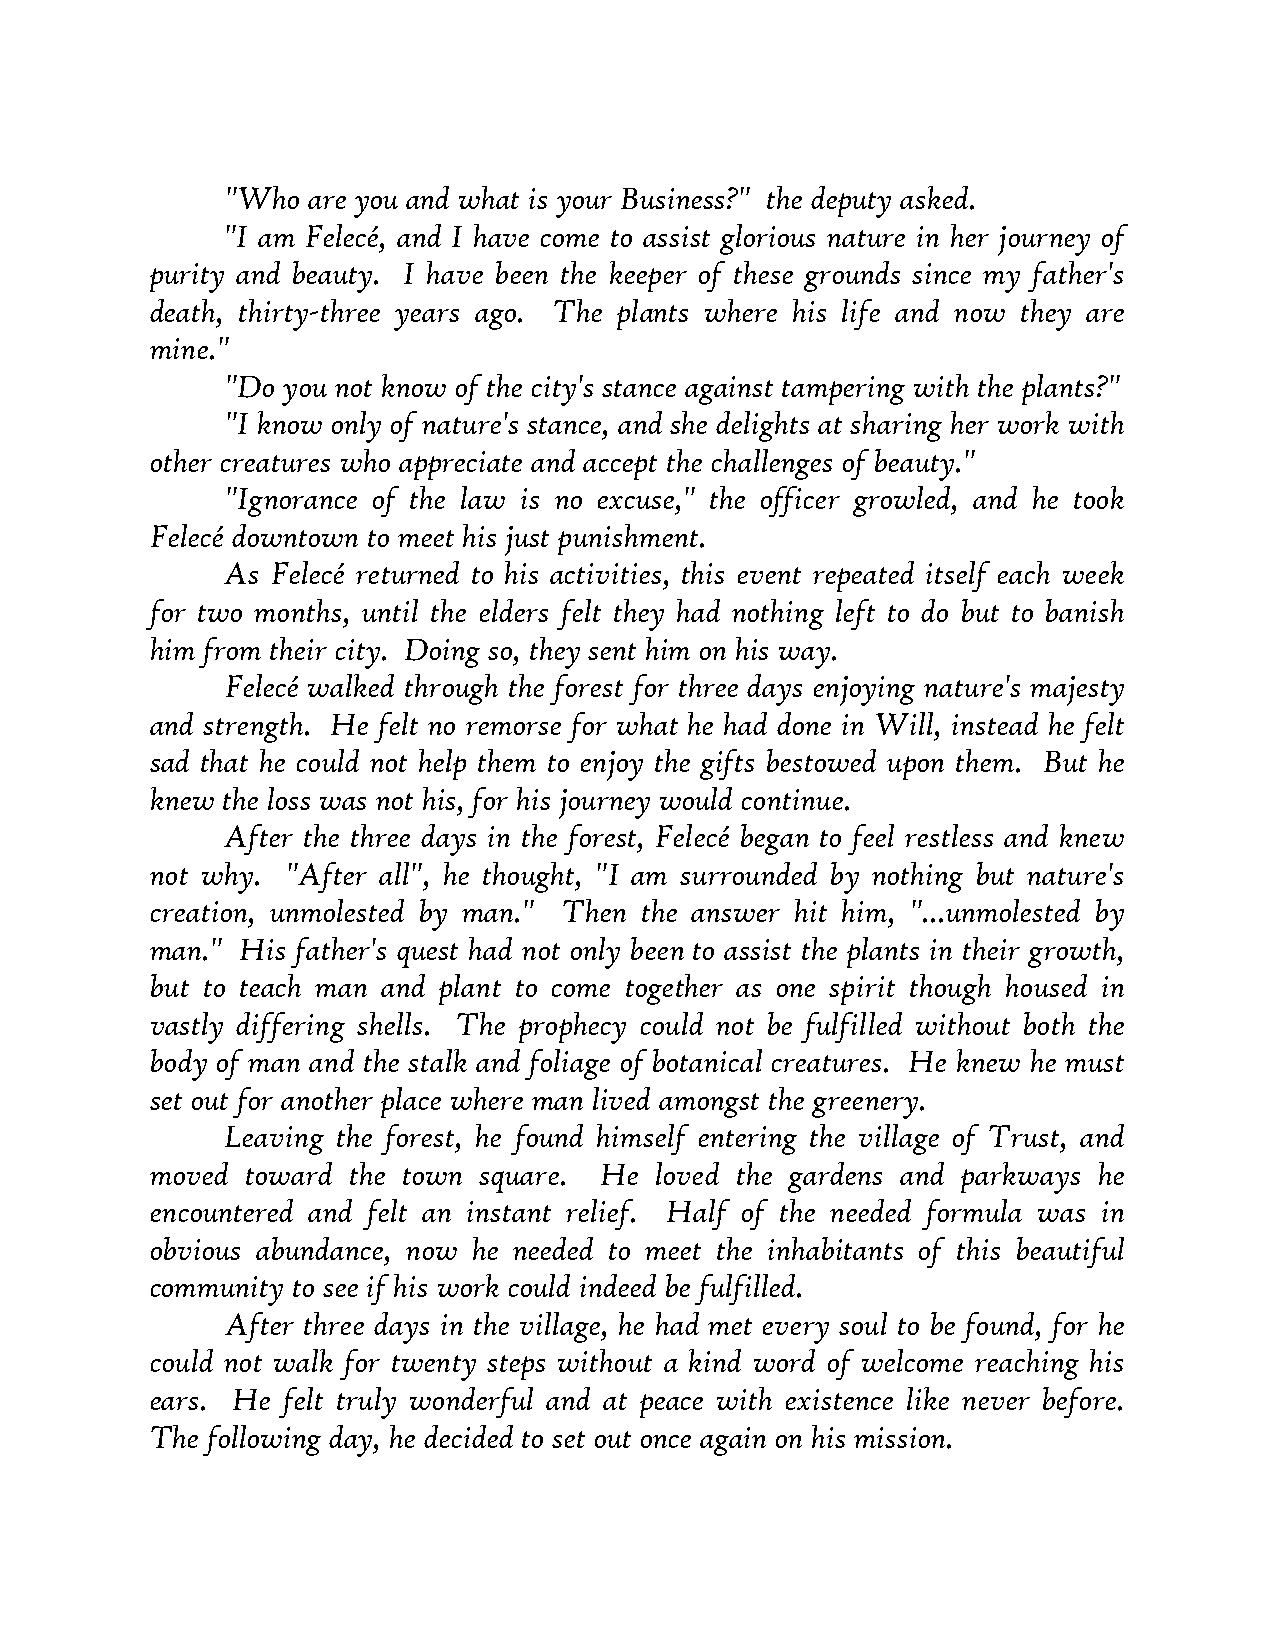
"Who are you and what is your Business?" the deputy asked.
 "I am Felecé, and I have come to assist glorious nature in her journey of
 purity and beauty. I have been the keeper of these grounds since my father's
 death, thirty-three years ago. The plants where his life and now they are
 mine."
 "Do you not know of the city's stance against tampering with the plants?"
 "I know only of nature's stance, and she delights at sharing her work with
 other creatures who appreciate and accept the challenges of beauty."
 "Ignorance of the law is no excuse," the officer growled, and he took
 Felecé downtown to meet his just punishment.
 As Felecé returned to his activities, this event repeated itself each week
 for two months, until the elders felt they had nothing left to do but to banish
 him from their city. Doing so, they sent him on his way.
 Felecé walked through the forest for three days enjoying nature's majesty
 and strength. He felt no remorse for what he had done in Will, instead he felt
 sad that he could not help them to enjoy the gifts bestowed upon them. But he
 knew the loss was not his, for his journey would continue.
 After the three days in the forest, Felecé began to feel restless and knew
 not why. "After all", he thought, "I am surrounded by nothing but nature's
 creation, unmolested by man." Then the answer hit him, "...unmolested by
 man." His father's quest had not only been to assist the plants in their growth,
 but to teach man and plant to come together as one spirit though housed in
 vastly differing shells. The prophecy could not be fulfilled without both the
 body of man and the stalk and foliage of botanical creatures. He knew he must
 set out for another place where man lived amongst the greenery.
 Leaving the forest, he found himself entering the village of Trust, and
 moved toward the town square. He loved the gardens and parkways he
 encountered and felt an instant relief. Half of the needed formula was in
 obvious abundance, now he needed to meet the inhabitants of this beautiful
 community to see if his work could indeed be fulfilled.
 After three days in the village, he had met every soul to be found, for he
 could not walk for twenty steps without a kind word of welcome reaching his
 ears. He felt truly wonderful and at peace with existence like never before.
 The following day, he decided to set out once again on his mission.